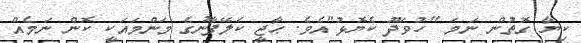
ކިޔާ ގޮތުން ނަމަ "ހުވަދޫ ކެޔޮޅު"އެވެ. ޙާޖީ ކަލޭފާނުގެ މަންމައަކީ ކޮން ނަމެއް